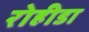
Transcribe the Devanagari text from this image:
रोहीडा